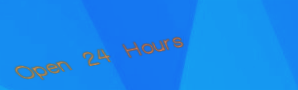
Open 24 Hours